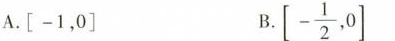
A.[-1，0] B.[- \frac{1}{2},0]